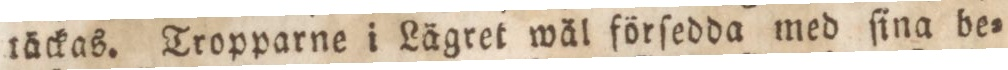
räckas. Tropparne i Lägret wäl förſedda med ſina be=